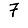
Digit: 7